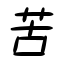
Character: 苦